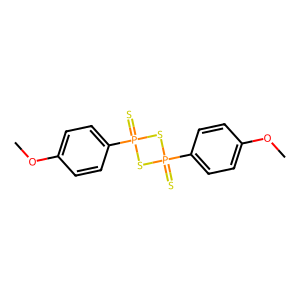
SMILES: COc1ccc(P2(=S)SP(=S)(c3ccc(OC)cc3)S2)cc1
Inhibits HIV replication: No